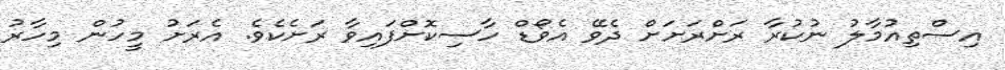
އިސްތިއުމާލު ނުކުރާ ރަށްރަށަށް ދެވޭ އެވޯޑް ހާސިކޮށްފައިވާ ރަށެކެވެ. އެރަށު މީހުން މިހާރު